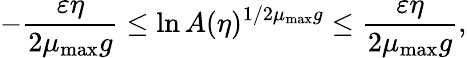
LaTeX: -\frac{\varepsilon\eta}{2\mu_{\mathrm{max}}g}\le\ln A(\eta)^{1/2\mu_{\mathrm{max}}g}\le\frac{\varepsilon\eta}{2\mu_{\mathrm{max}}g},